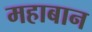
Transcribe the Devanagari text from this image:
महाबान